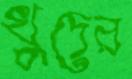
খুদের